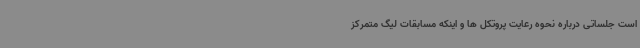
است جلساتی درباره نحوه رعایت پروتکل ها و اینکه مسابقات لیگ متمرکز